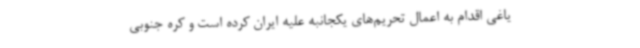
یاغی اقدام به اعمال تحریم‌های یکجانبه علیه ایران کرده است و کره جنوبی